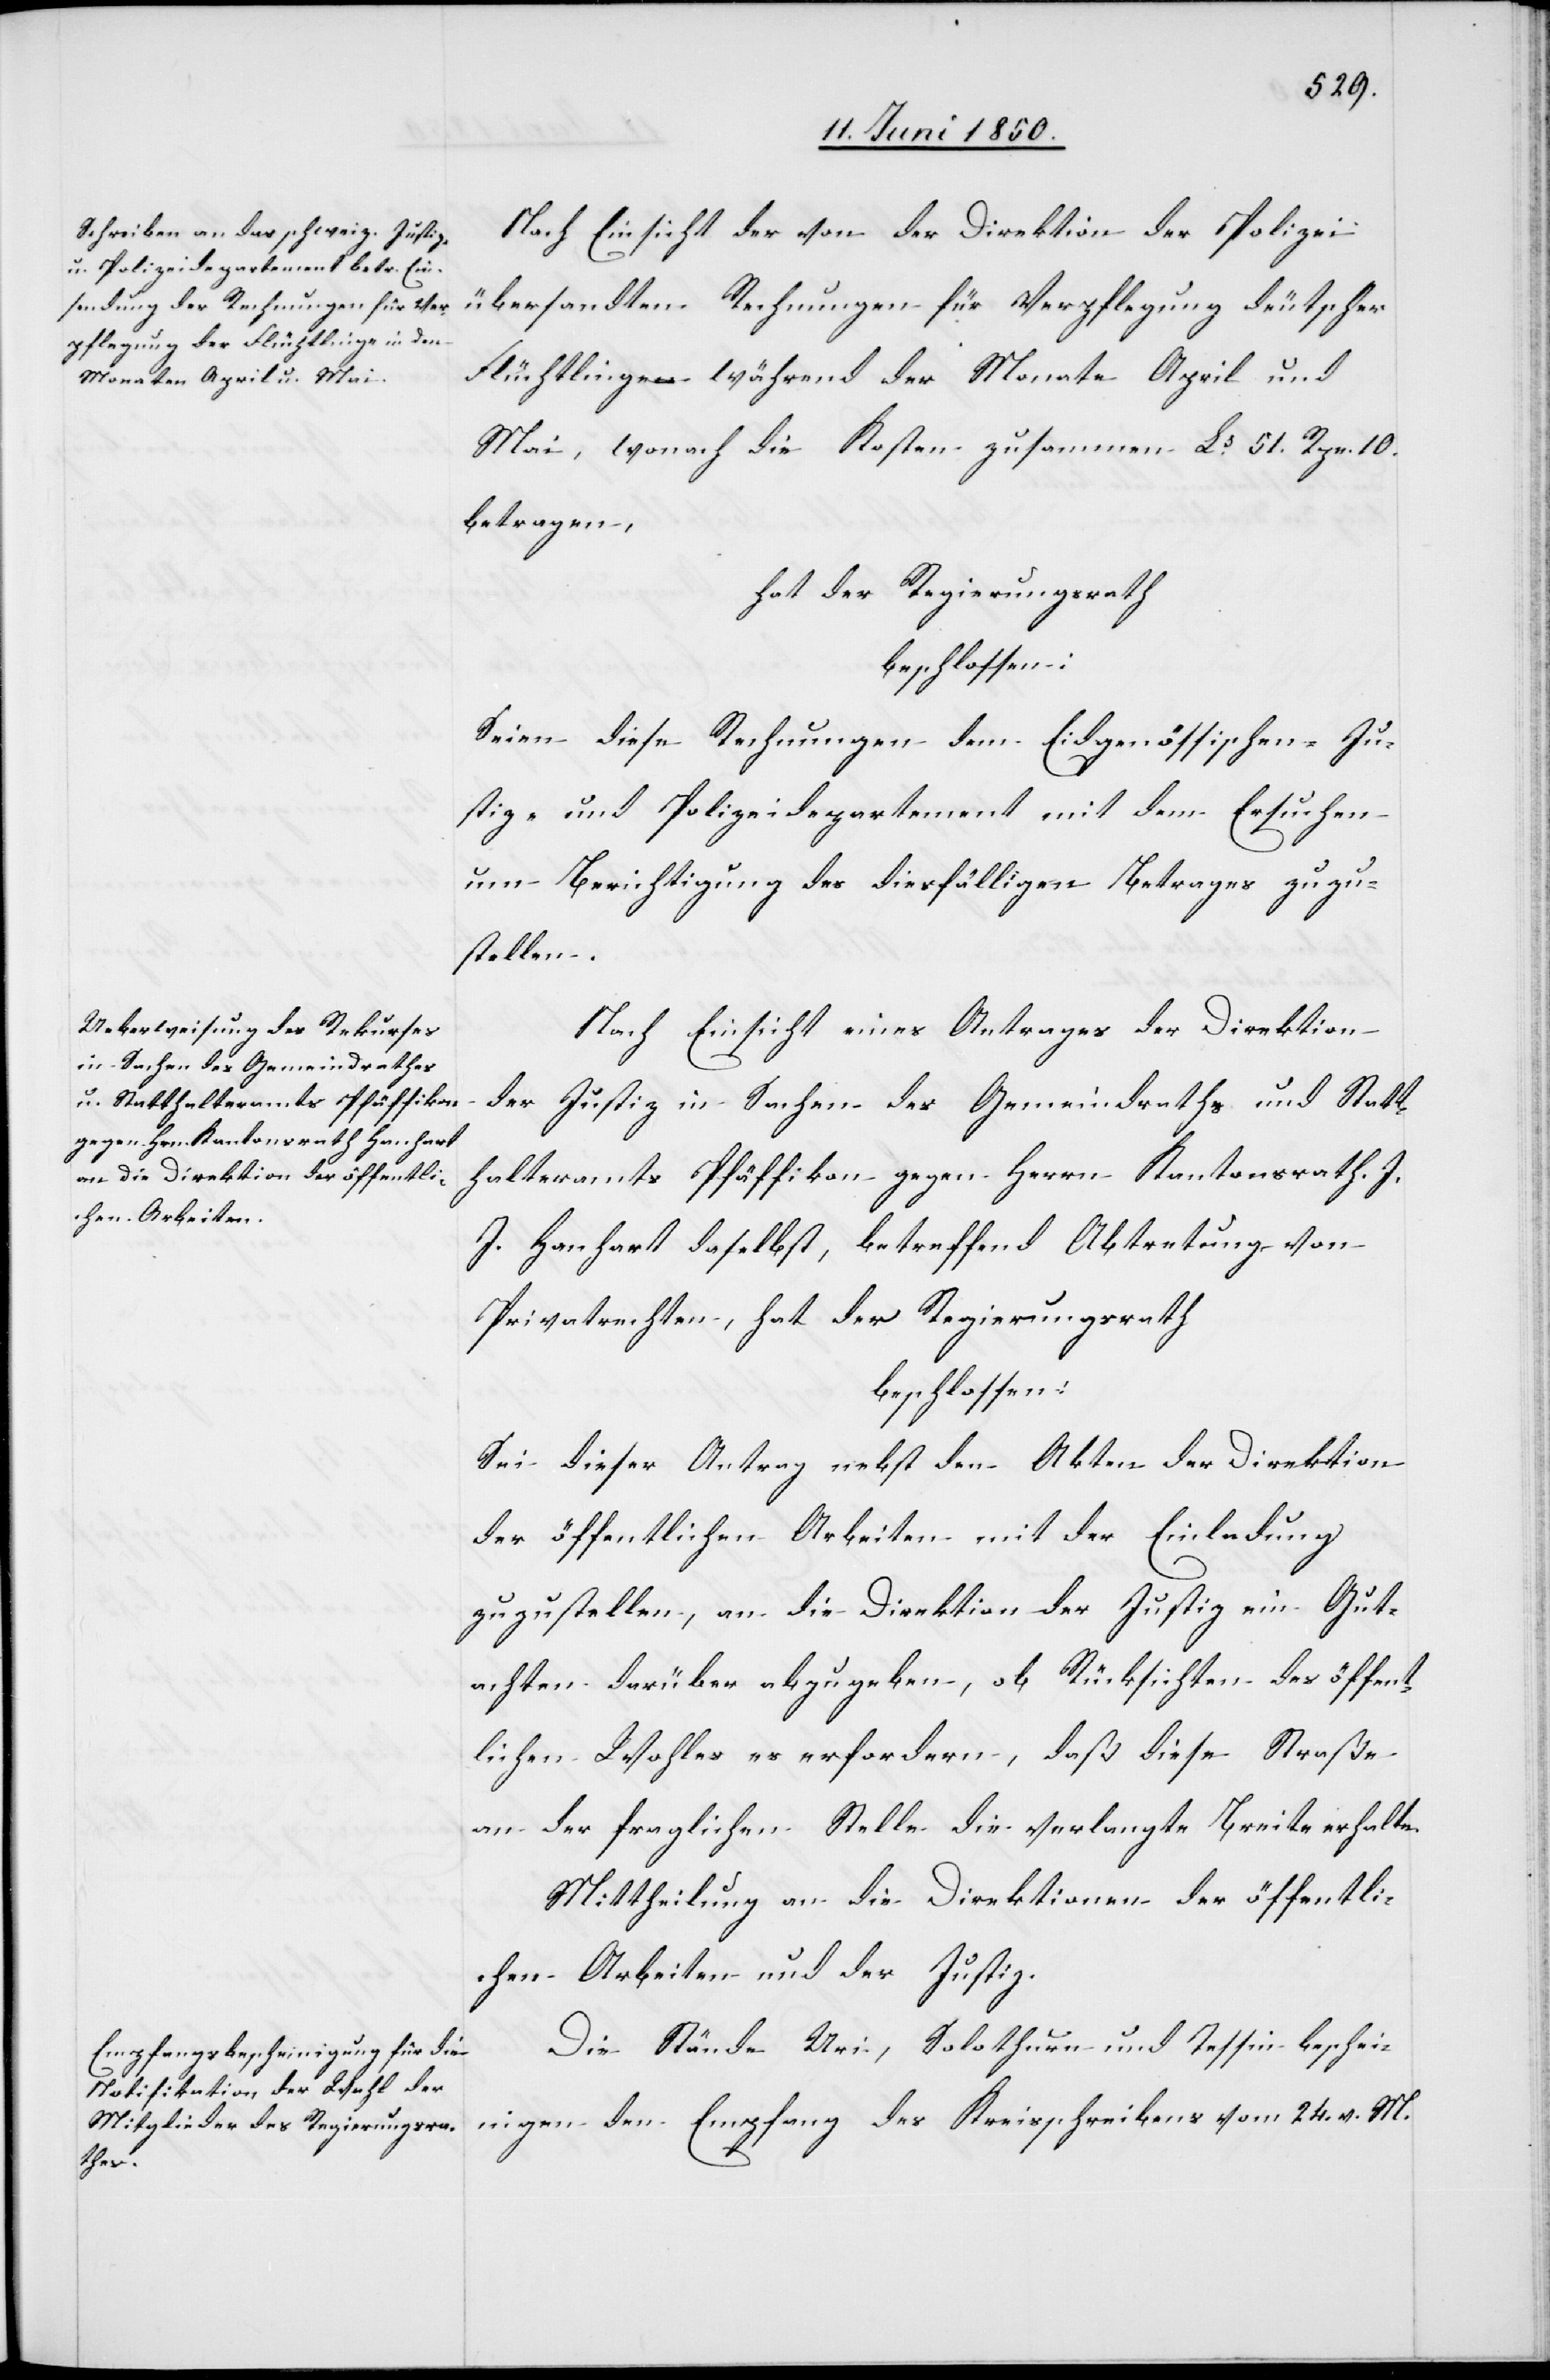
Nach Einsicht der von der Direktion der Polizei
übersandten Rechnungen für Verpflegung deutscher
Flüchtlinge während der Monate April und
Mai, wonach die Kosten zusammen Ls 51. Rpn. 10.
betragen,
hat der Regierungsrath
beschlossen:
Seien diese Rechnungen dem Eidgenössischen Ju¬
stiz- und Polizeidepartement mit dem Ersuchen
um Berichtigung des diesfälligen Betrages zuzu¬
stellen.
Nach Einsicht eines Antrages der Direktion
der Justiz in Sachen des Gemeindraths und Statt¬
halteramts Pfäffikon gegen Herrn Kantonsrath J.
J. Hanhart daselbst, betreffend Abtretung von
Privatrechten, hat der Regierungsrath
beschlossen:
Sei dieser Antrag nebst den Akten der Direktion
der öffentlichen Arbeiten mit der Einladung
zuzustellen, an die Direktion der Justiz ein Gut¬
achten darüber abzugeben, ob Rücksichten des öffent¬
lichen Wohles es erfordern, daß diese Straße
an der fraglichen Stelle die verlangte Breite erhalte.
Mittheilung an die Direktionen der öffentli¬
chen Arbeiten und der Justiz.
Die Stände Uri, Solothurn und Tessin beschei¬
nigen den Empfang des Kreisschreibens vom 24. v. M.